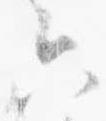
六